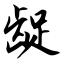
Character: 龊